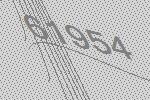
61954